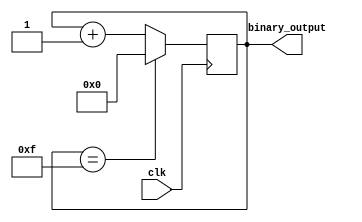
module binary_clock_divider (
   input wire clk,
   output reg [3:0] binary_output
);
   
reg [3:0] counter;

always @(posedge clk) begin
   if (counter == 15) begin
      counter <= 0;
   end
   else begin
      counter <= counter + 1;
   end
end

assign binary_output = counter;

endmodule